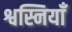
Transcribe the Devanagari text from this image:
श्वस्नियाँ